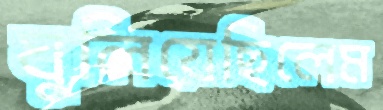
ঘুলিয়েছিলেম